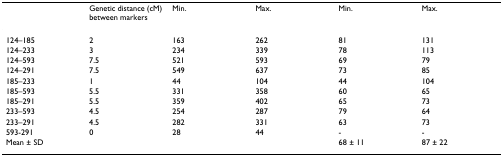
<table><thead><tr><td></td><td><b>Genetic distance (cM) between markers</b></td><td><b>Min.</b></td><td><b>Max.</b></td><td><b>Min.</b></td><td><b>Max.</b></td></tr></thead><tbody><tr><td>124–185</td><td>2</td><td>163</td><td>262</td><td>81</td><td>131</td></tr><tr><td>124–233</td><td>3</td><td>234</td><td>339</td><td>78</td><td>113</td></tr><tr><td>124–593</td><td>7.5</td><td>521</td><td>593</td><td>69</td><td>79</td></tr><tr><td>124–291</td><td>7.5</td><td>549</td><td>637</td><td>73</td><td>85</td></tr><tr><td>185–233</td><td>1</td><td>44</td><td>104</td><td>44</td><td>104</td></tr><tr><td>185–593</td><td>5.5</td><td>331</td><td>358</td><td>60</td><td>65</td></tr><tr><td>185–291</td><td>5.5</td><td>359</td><td>402</td><td>65</td><td>73</td></tr><tr><td>233–593</td><td>4.5</td><td>254</td><td>287</td><td>79</td><td>64</td></tr><tr><td>233–291</td><td>4.5</td><td>282</td><td>331</td><td>63</td><td>73</td></tr><tr><td>593-291</td><td>0</td><td>28</td><td>44</td><td>-</td><td>-</td></tr><tr><td>Mean ± SD</td><td></td><td></td><td></td><td>68 ± 11</td><td>87 ± 22</td></tr></tbody></table>